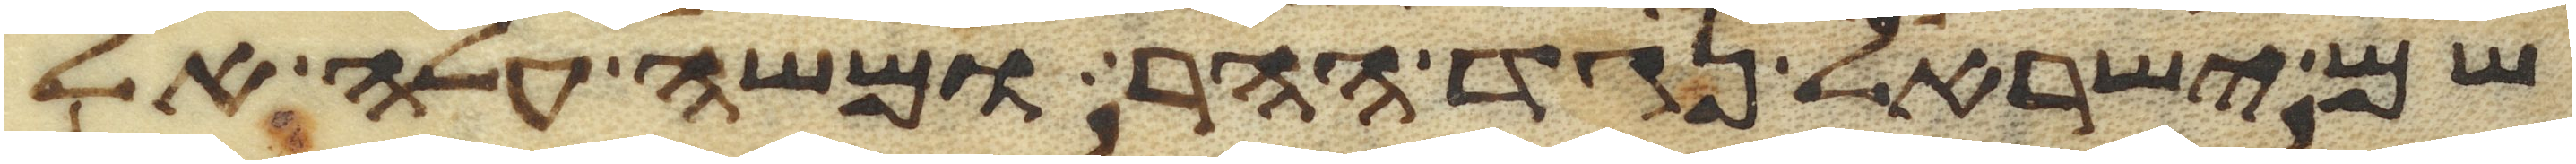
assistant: שם ישראל נגד ההר ומשה עלה אל